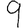
Digit: 9